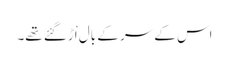
اس کے سر کے بال اْڑگئے تھے۔